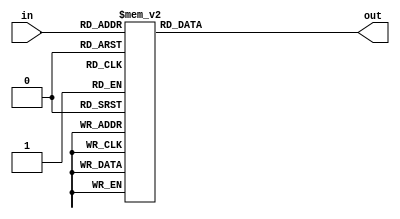
// Decimal to BCD
// George Smart, M1GEO
// https://www.george-smart.co.uk/Numitron-Clock
// Inspired by https://johnloomis.org/ece314/notes/devices/binary_to_BCD/bin_to_bcd.html
// 19/10/2019 - 25/11/2019

module add3(
	input [3:0] in,
	output reg [3:0] out
);

always @ (in)
	case (in)
		4'b0000: out <= 4'b0000;
		4'b0001: out <= 4'b0001;
		4'b0010: out <= 4'b0010;
		4'b0011: out <= 4'b0011;
		4'b0100: out <= 4'b0100;
		4'b0101: out <= 4'b1000;
		4'b0110: out <= 4'b1001;
		4'b0111: out <= 4'b1010;
		4'b1000: out <= 4'b1011;
		4'b1001: out <= 4'b1100;
		default: out <= 4'b0000;
	endcase
endmodule

module dec2bcd(
    input  	[6:0] decimal,
    output [3:0] bcd_low,
	output [3:0] bcd_high
	);
	
	wire [7:0] A;
	assign A = {1'b0, decimal};
	
	wire [3:0] c1,c2,c3,c4,c5,c6,c7;
	wire [3:0] d1,d2,d3,d4,d5,d6,d7;

	assign d1 = {1'b0,A[7:5]};
	assign d2 = {c1[2:0],A[4]};
	assign d3 = {c2[2:0],A[3]};
	assign d4 = {c3[2:0],A[2]};
	assign d5 = {c4[2:0],A[1]};
	assign d6 = {1'b0,c1[3],c2[3],c3[3]};
	assign d7 = {c6[2:0],c4[3]};
	add3 m1(d1,c1);
	add3 m2(d2,c2);
	add3 m3(d3,c3);
	add3 m4(d4,c4);
	add3 m5(d5,c5);
	add3 m6(d6,c6);
	add3 m7(d7,c7);
	assign bcd_low = {c5[2:0],A[0]};
	assign bcd_high = {c7[2:0],c5[3]};

endmodule